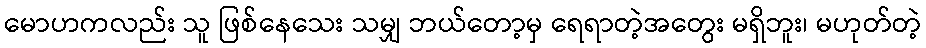
မောဟကလည်း သူ ဖြစ်နေသေး သမျှ ဘယ်တော့မှ ရေရာတဲ့အတွေး မရှိဘူး၊ မဟုတ်တဲ့